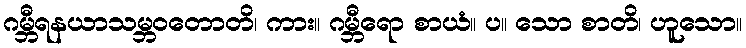
ဂမ္ဘီရနယာသမ္ဘဝတောတိ၊ ကား။ ဂမ္ဘီရော စာယံ။ ပ။ သော စာတိ၊ ဟူသော။